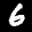
Label: 6